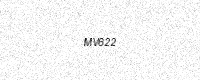
Text: MV622